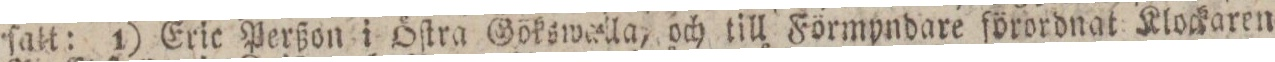
ſatt: 1) Eric Perßon i Öſtra Gökswalla, och till Förmyndare förordnat Klockaren